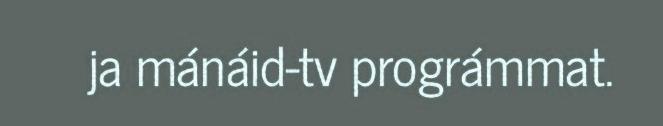
ja mánáid-tv prográmmat.